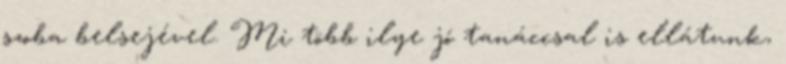
szoba belsejével. Mi több ilye jó tanáccsal is ellátunk,